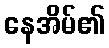
နေအိမ်၏